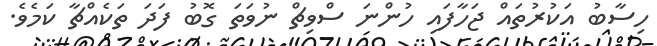
ހިސާބު އަކުރުތައް ޖަހާފައި ހުންނަ ސްވިޗް ނުވަތަ ގޮބު ފަދަ ތަކެއްޗާ ކަމެވެ.